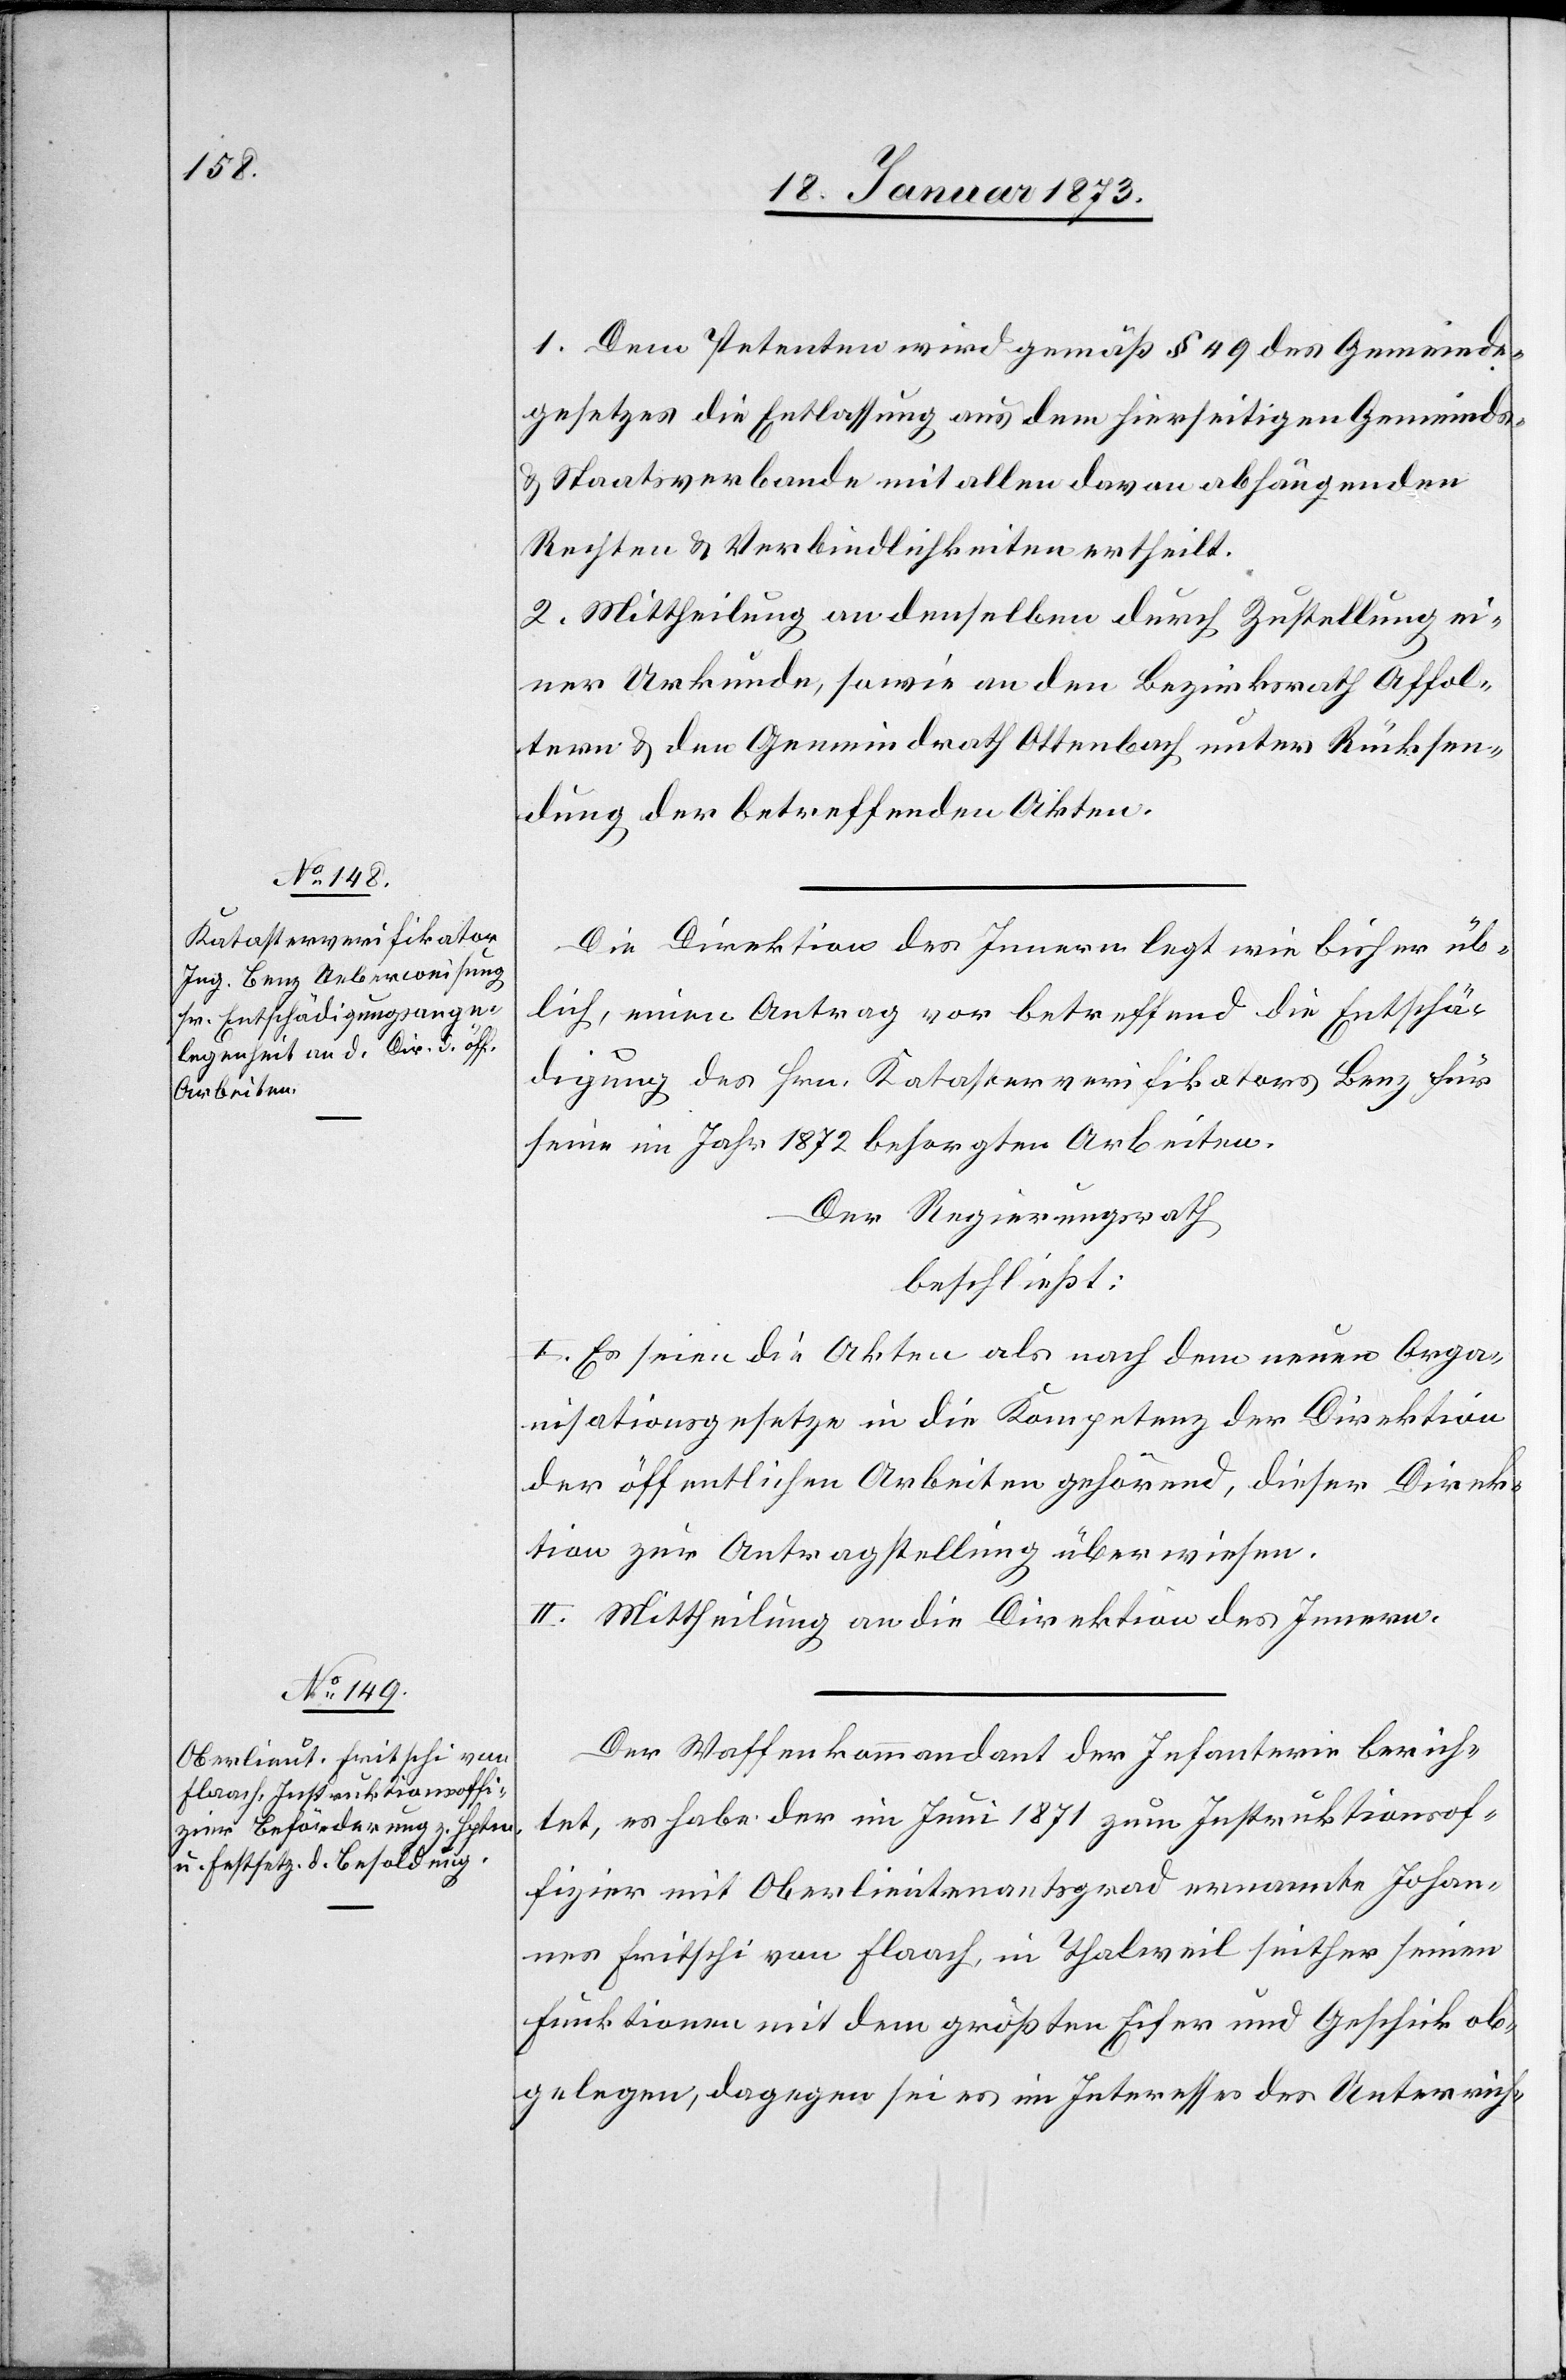
1. Dem Petenten wird gemäß § 49 des Gemeinde¬
gesetzes die Entlassung aus dem hierseitigen Gemeinds-
u. Staatsverbande mit allen davon abhängenden
Rechten u. Verbindlichkeiten ertheilt.
2. Mittheilung an denselben durch Zustellung ei¬
ner Urkunde, sowie an den Bezirksrath Affol¬
tern u. den Gemeindrath Ottenbach unter Rücksen¬
dung der betreffenden Akten.
Die Direktion des Innern legt wie bisher üb¬
lich, einen Antrag vor betreffend die Entschä¬
digung des Hrn. Katasterverifikators Benz für
seine im Jahr 1872 besorgten Arbeiten.
Der Regierungsrath,
beschließt:
I. Es seien die Akten als nach dem neuen Orga¬
nisationsgesetze in die Kompetenz der Direktion
der öffentlichen Arbeiten gehörend, dieser Direk¬
tion zur Antragstellung überwiesen.
II. Mittheilung an die Direktion des Innern.
Der Waffenkommandant der Infanterie berich¬
tet, es habe der im Juni 1871 zum Instruktionsof¬
fizier mit Oberlieutenantsgrad ernannte Johan¬
nes Fritschi von Flaach, in Thalweil seither seinen
Funktionen mit dem größten Eifer und Geschick ob¬
gelegen, dagegen sei es im Interesse des Unterrich-